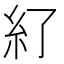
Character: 𥾇